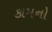
કામનો